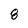
Character: 8